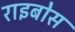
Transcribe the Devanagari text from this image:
राइबोस